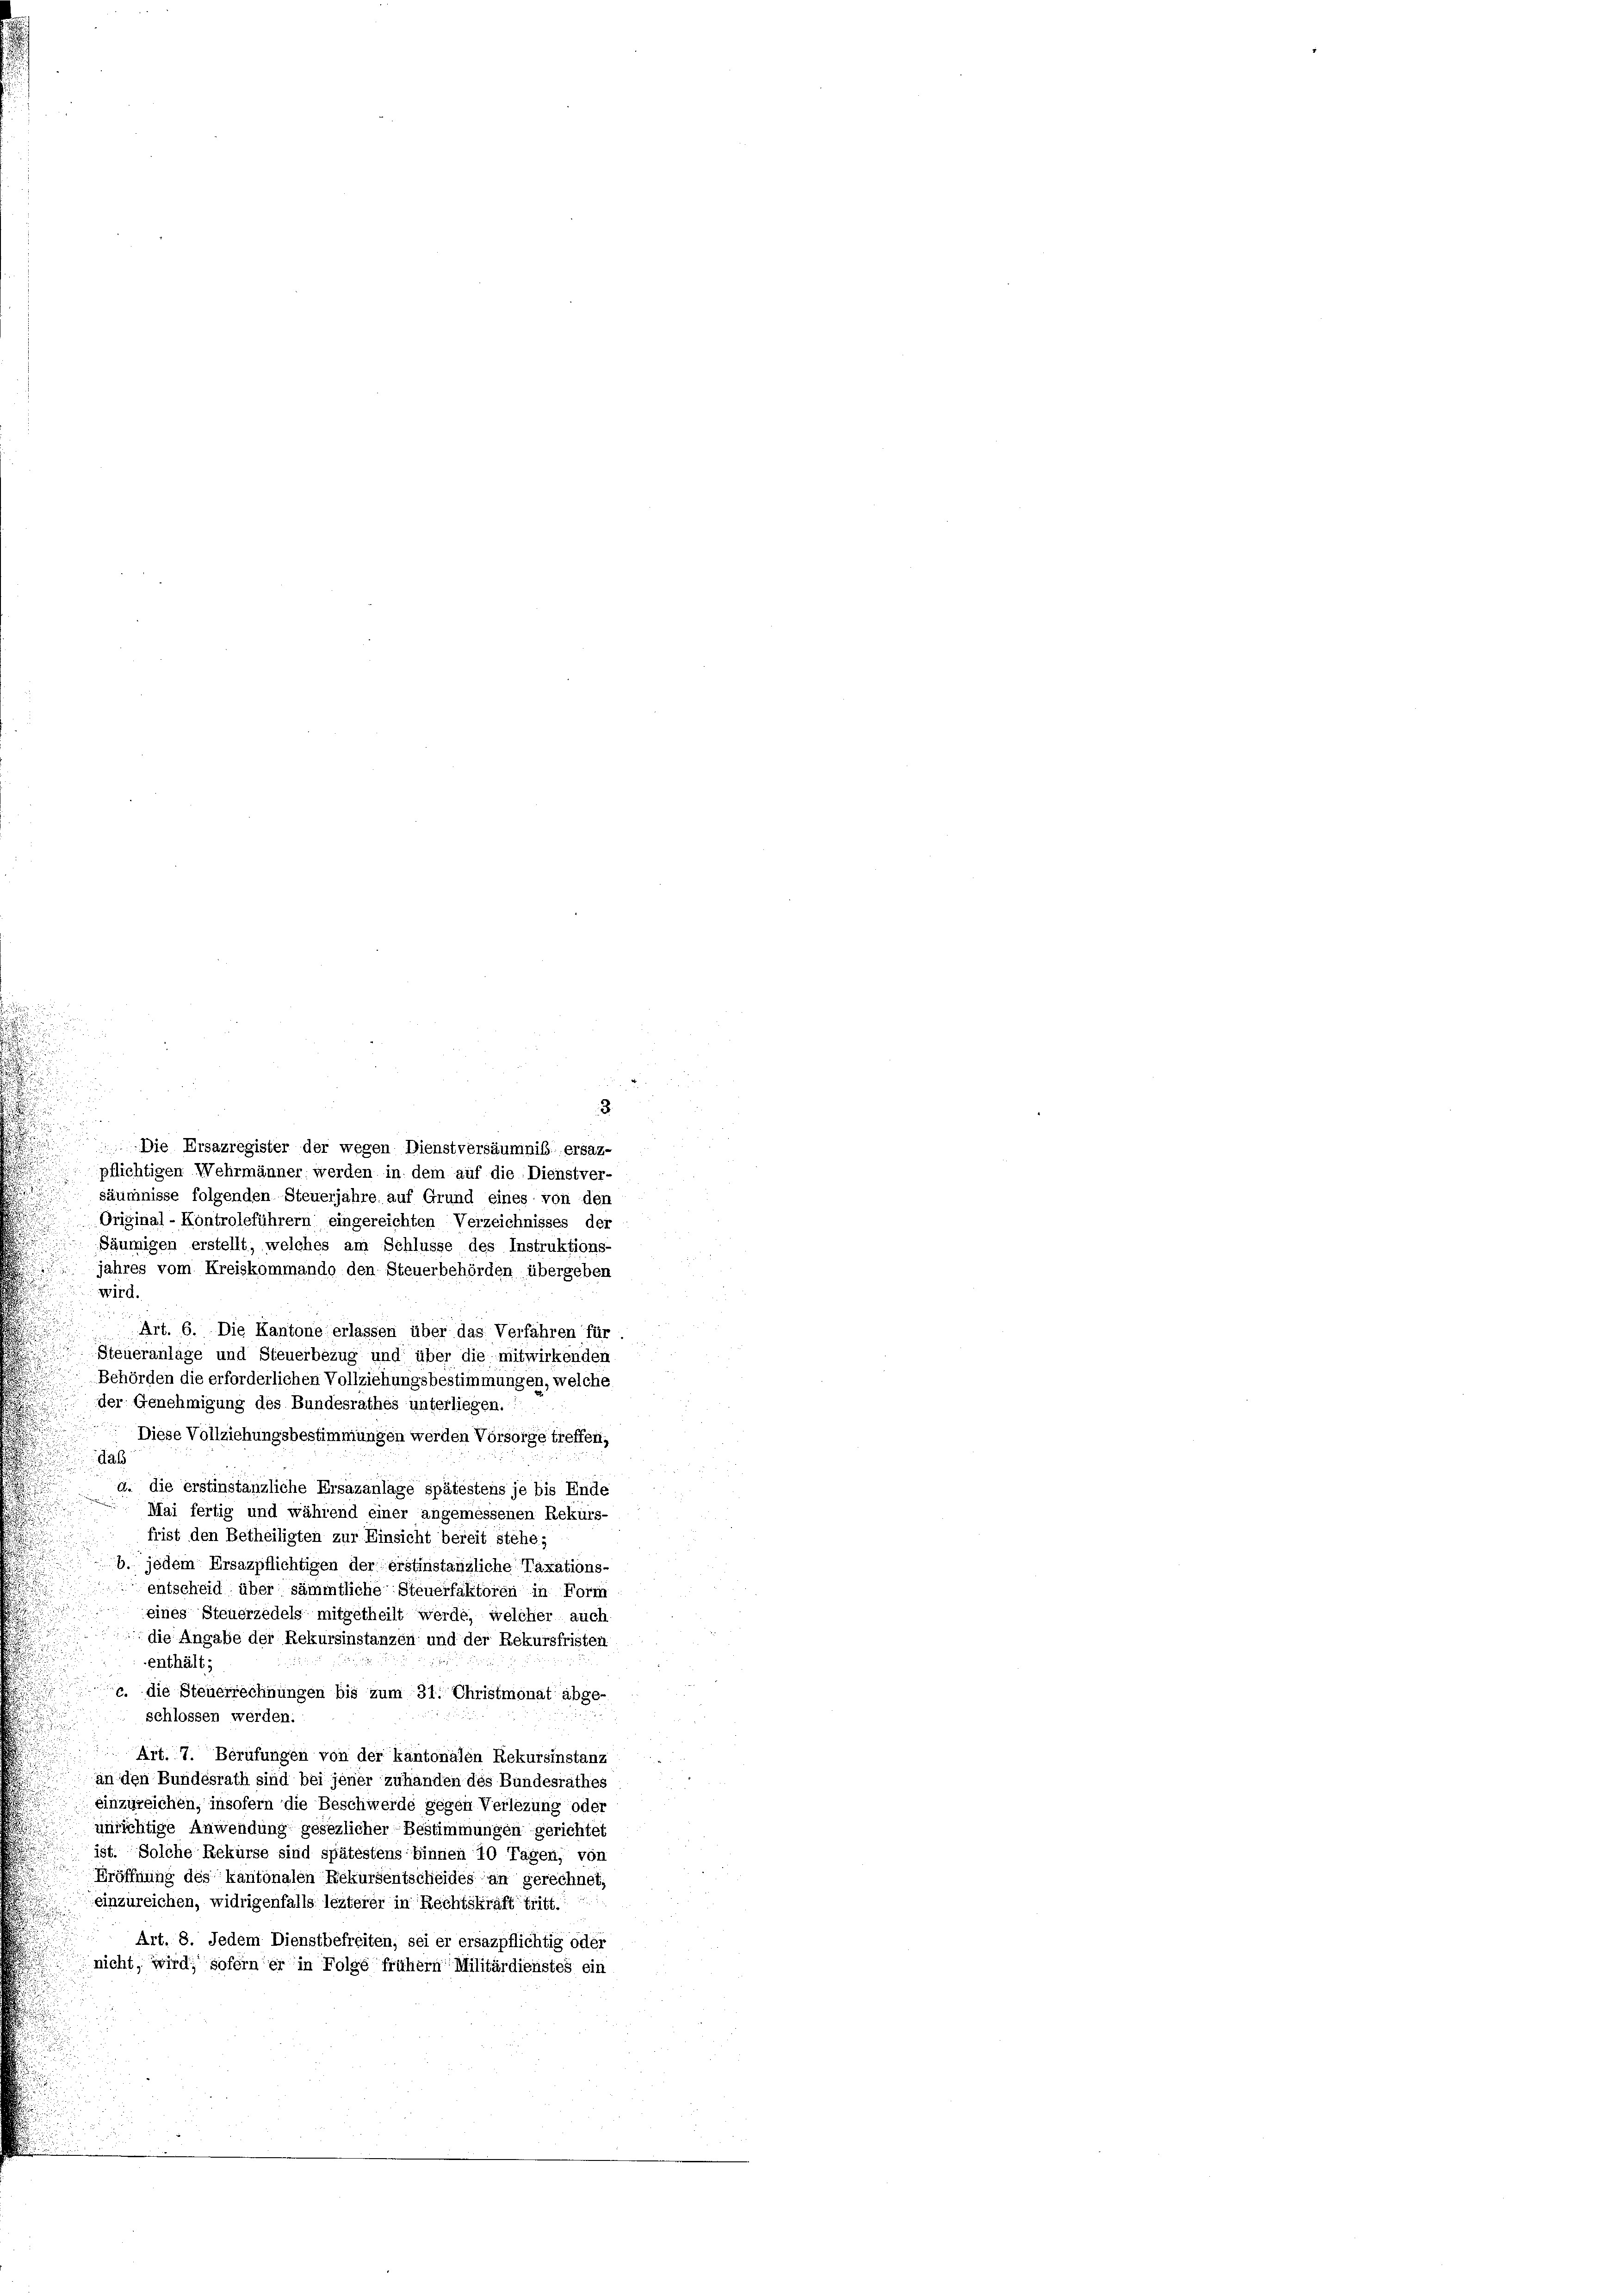
3
Die Ersazregister der wegen Dienstversäumniß ersaz-
pflichtigen Wehrmänner, werden in dem auf die Dienstver-
säumnisse folgenden Steuerjahre auf Grund eines von den
Original - Kontroleführern eingereichten Verzeichnisses der
Säumigen erstellt, welches am Schlüsse des Instruktions-
jahres vom Kreiskommando den Steuerbehörden übergeben
wird.
Art. 6. Die Kantone erlassen über das Verfahren für
Steueranlage und Steuerbezug und über die mitwirkenden
Behörden die erforderlichen Vollziehungsbestimmungen, welche
der Genehmigung des Bundesrathes unterliegen.
Diese Vollziehungsbestimmungen werden Vorsorge treffen,
daß
a. die erstinstänzliche Ersazanlage spätestens je bis Ende
Mai fertig und während einer angemessenen Rekurs-
frist den Betheiligten zur Einsicht bereit stehe;
b. jedem Ersazpflichtigen der erstinstanzliche Taxations-
entscheid über sämmtliche Steuerfaktoren in Form
eines Steuerzedels mitgetheilt werde, welcher auch
die Angabe der Rekursinstanzen und der Rekursfristen
enthält;
c. die Steuerrechnungen bis zum 31. Christmonat abge-
schlossen werden.
Art. 7. Berufungen von der kantonalen Rekursinstanz
an den Bundesrath sind bei jener zuhanden des Bundesrathes
einzureichen, insofern die Beschwerde gegen Verlezung oder
unrichtige Anwendung gesezlicher Bestimmungen gerichtet
ist. Solche Rekurse sind spätestens binnen 10 Tagen, von
Eröffnung des kantonalen Rekursentscheides an gerechnet,
einzureichen, widrigenfalls lezterer in Rechtskraft tritt.
 Art. 8. Jedem Dienstbefreiten, sei er ersazpflichtig oder
nicht, wird, soferner in Folge frühem Militärdienstes ein